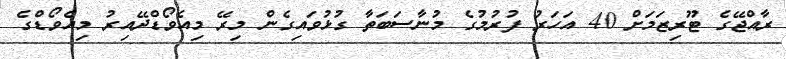
ރާއްޖޭގެ ޓޫރިޒަމަށް 40 އަހަރު ފުރުމުގެ މުނާސަބަތާ ގުޅުވައިގެން މިރޭ މިއެވޯޑްދޭއިރު މިއެވޯޑްގެ